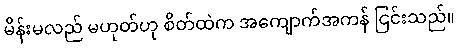
မိန်းမလည် မဟုတ်ဟု စိတ်ထဲက အကျောက်အကန် ငြင်းသည်။